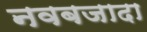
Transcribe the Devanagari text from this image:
नवबजादा